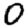
Digit: 0